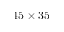
4 5 \times 3 5